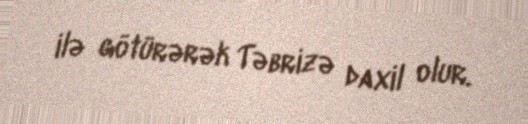
ilə götürərək Təbrizə daxil olur.